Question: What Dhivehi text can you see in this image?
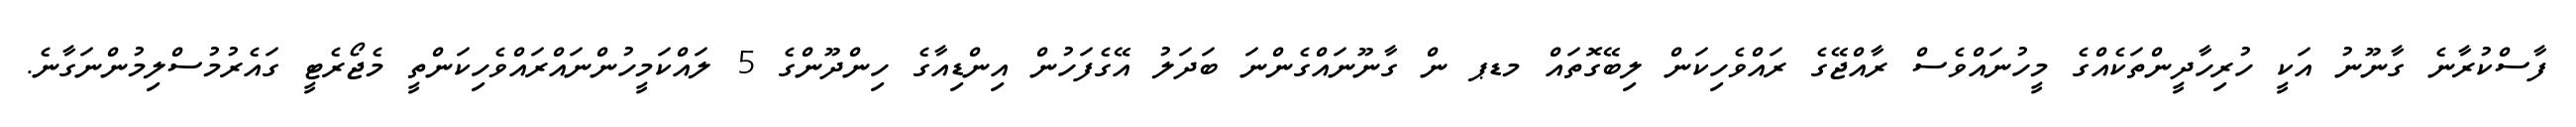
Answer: ފާސްކުރާނެ ގާނޫނު އަކީ ހުރިހާދީންތަކެއްގެ މީހުނައްވެސް ރާއްޖޭގެ ރައްވެހިކަން ލިބޭގޮތައް މޑޕ ން ގާނޫނައްގެންނަ ބަދަލު އޭގެފަހުން އިންޑިއާގެ ހިންދޫންގެ 5 ލައްކަމީހުންނައްރައްވެހިކަންތީ މެޖޯރެޓީ ގައެރުމުސްލިމުންނަގާނެ.